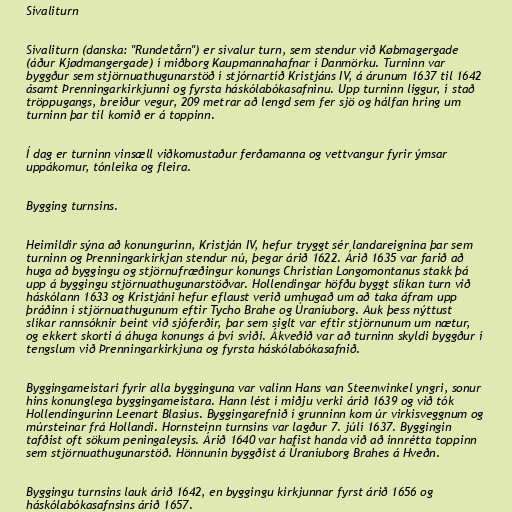
Sívaliturn

Sívaliturn (danska: "Rundetårn") er sívalur turn, sem stendur við Købmagergade
(áður Kjødmangergade) í miðborg Kaupmannahafnar í Danmörku. Turninn var
byggður sem stjörnuathugunarstöð í stjórnartíð Kristjáns IV, á árunum 1637 til 1642
ásamt Þrenningarkirkjunni og fyrsta háskólabókasafninu. Upp turninn liggur, í stað
tröppugangs, breiður vegur, 209 metrar að lengd sem fer sjö og hálfan hring um
turninn þar til komið er á toppinn.

Í dag er turninn vinsæll viðkomustaður ferðamanna og vettvangur fyrir ýmsar
uppákomur, tónleika og fleira.

Bygging turnsins.

Heimildir sýna að konungurinn, Kristján IV, hefur tryggt sér landareignina þar sem
turninn og Þrenningarkirkjan stendur nú, þegar árið 1622. Árið 1635 var farið að
huga að byggingu og stjörnufræðingur konungs Christian Longomontanus stakk þá
upp á byggingu stjörnuathugunarstöðvar. Hollendingar höfðu byggt slíkan turn við
háskólann 1633 og Kristjáni hefur eflaust verið umhugað um að taka áfram upp
þráðinn í stjörnuathugunum eftir Tycho Brahe og Úraníuborg. Auk þess nýttust
slíkar rannsóknir beint við sjóferðir, þar sem siglt var eftir stjörnunum um nætur,
og ekkert skorti á áhuga konungs á því sviði. Ákveðið var að turninn skyldi byggður í
tengslum við Þrenningarkirkjuna og fyrsta háskólabókasafnið.

Byggingameistari fyrir alla bygginguna var valinn Hans van Steenwinkel yngri, sonur
hins konunglega byggingameistara. Hann lést í miðju verki árið 1639 og við tók
Hollendingurinn Leenart Blasius. Byggingarefnið í grunninn kom úr virkisveggnum og
múrsteinar frá Hollandi. Hornsteinn turnsins var lagður 7. júlí 1637. Byggingin
tafðist oft sökum peningaleysis. Árið 1640 var hafist handa við að innrétta toppinn
sem stjörnuathugunarstöð. Hönnunin byggðist á Úraníuborg Brahes á Hveðn.

Byggingu turnsins lauk árið 1642, en byggingu kirkjunnar fyrst árið 1656 og
háskólabókasafnsins árið 1657.